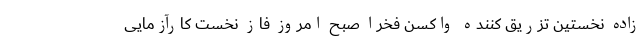
‌زاده نخستین تزریق‌ کننده واکسن فخرا صبح امروز فاز نخست کارآزمایی